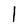
Character: l